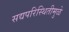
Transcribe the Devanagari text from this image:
सद्यपरिस्थितीमुळे